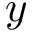
y